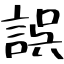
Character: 誤